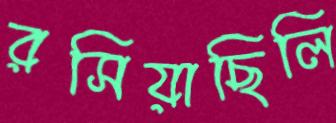
রসিয়াছিলি